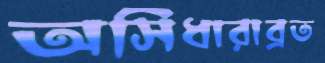
অসিধারাব্রত